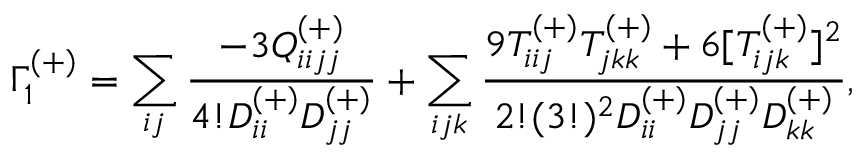
\Gamma _ { 1 } ^ { ( + ) } = \sum _ { i j } \frac { - 3 Q _ { i i j j } ^ { ( + ) } } { 4 ! D _ { i i } ^ { ( + ) } D _ { j j } ^ { ( + ) } } + \sum _ { i j k } \frac { 9 T _ { i i j } ^ { ( + ) } T _ { j k k } ^ { ( + ) } + 6 [ T _ { i j k } ^ { ( + ) } ] ^ { 2 } } { 2 ! ( 3 ! ) ^ { 2 } D _ { i i } ^ { ( + ) } D _ { j j } ^ { ( + ) } D _ { k k } ^ { ( + ) } } ,